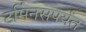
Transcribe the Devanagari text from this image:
टर्मिनसपर्यंत